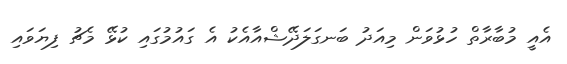
އެއީ މުބާރާތް ހުޅުވަން މިއަދު ބަނގަލަދޭޝްއާއެކު އެ ގައުމުގައި ކުޅޭ މެޗު ފިޔަވައި